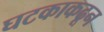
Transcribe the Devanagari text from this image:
घटकाकढून